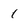
Character: 1